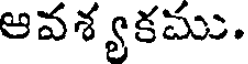
ఆవశ్యకము.